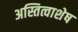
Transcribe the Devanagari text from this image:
अस्तित्वाशेष